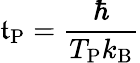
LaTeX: \mathfrak{t}_{\mathrm{{P}}}={\frac{{\hbar}}{{T_{\mathrm{{P}}}k_{\mathrm{{B}}}}}}